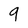
Character: 9